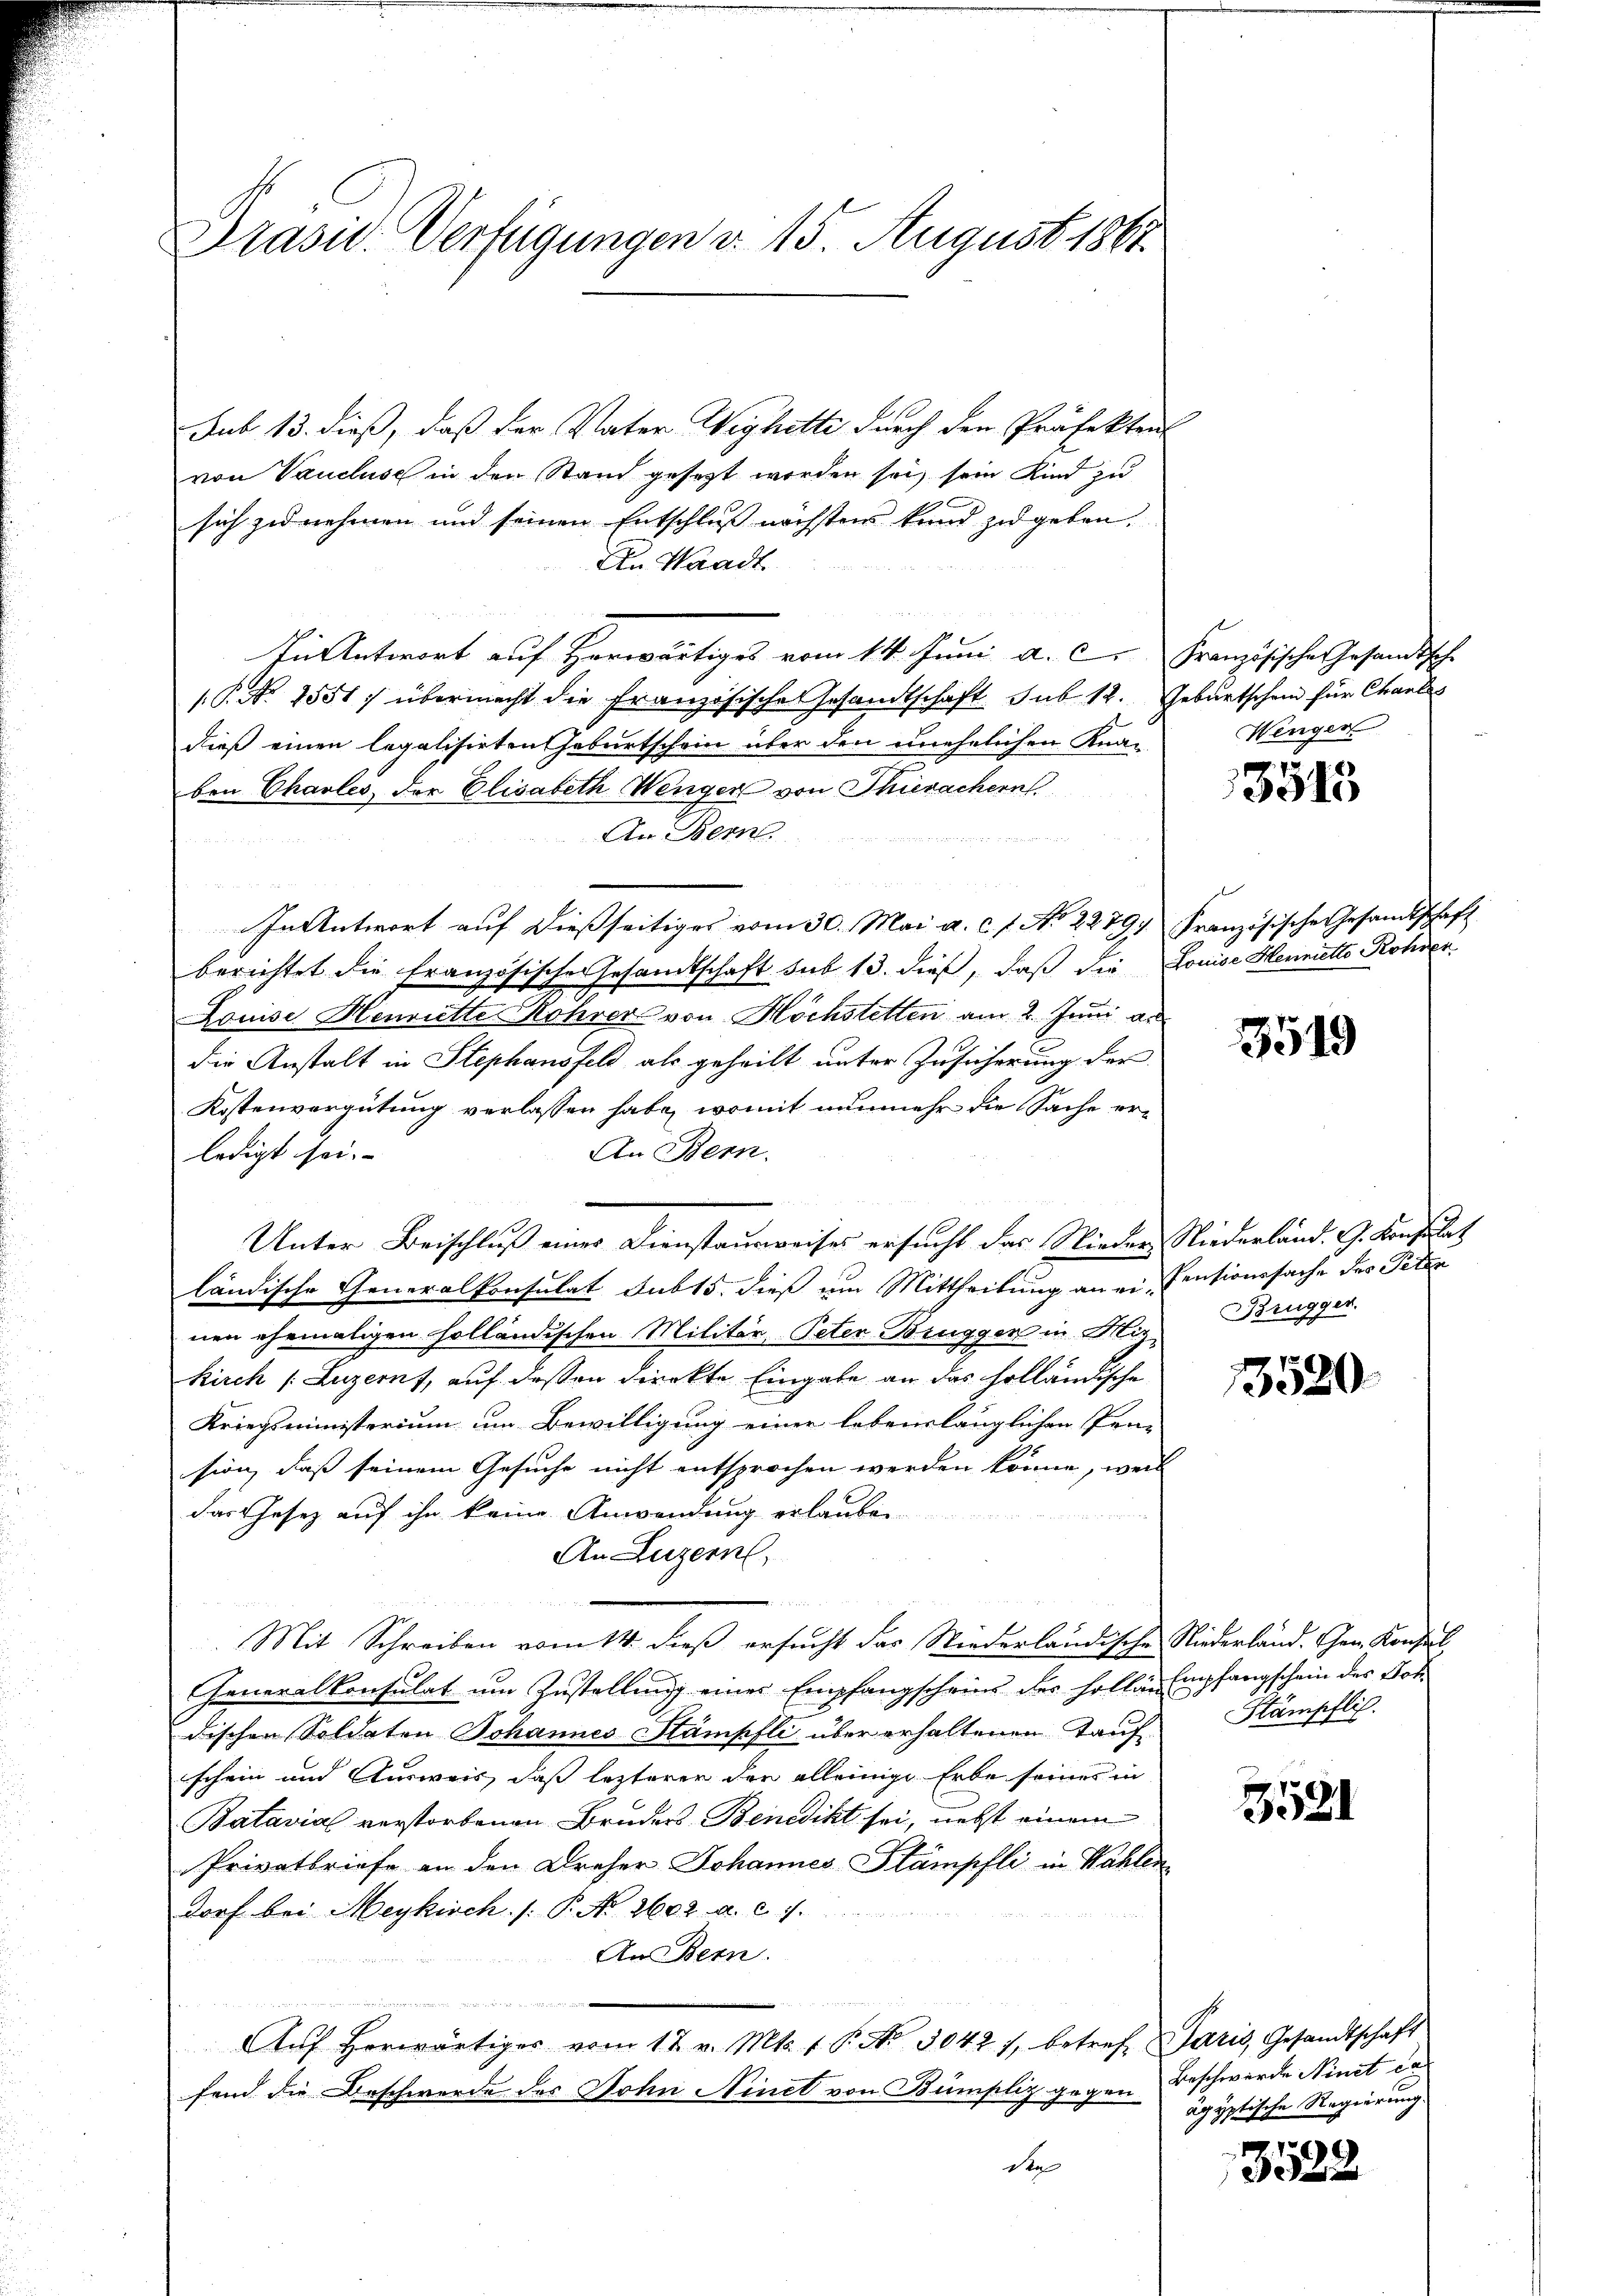
Präsid. Verfügungen d. 15. August 1861.

b
Sub 13. dieß, daß der Vater Weghetti durch den Präfekten
von Vaucluse in den Stand gesetzt worden sei, sein Kind zu
sich zu nehmen und seinen Entschluß nächstens kund zu geben.
An Waadt
In Antwort auf Herwärtiges vom 14. Juni a. c. Französische Gesandtische
P. Nr. 1551) übermacht die Französische Gesandtschaft sub 12. Geburtschein für Charl
dieß einen legalisirten Geburtschein über den einehelichen Knan-
ben Chables, der Elisabeth Wenger von Thierachern
An Bern.

In Antwort auf dießseitiges vom 30. Mai a. c. 1. No 22797 Französische Gesandtschaft
berichtet die französische Gesandtschaft sub 13. dieß, daß die Louise Hennetto Rohder
Louise Henriette Rohrer von Höchstetten am 2. Juni au
die Anstalt in Stephansfeld als geheilt unter Zusicherung der
Kostenvergütung verlassen habe, womit nunmehr die Sache er¬
An Bern.
ledigt sei.
Unter Beischluß einer Dienstausweises ersucht das Nieder Niederland. G. Konsulat
ländische Generalkonsulat sub 15. dieß um Mittheilung aner-Censionssache des Peten
nen ehemaligen holländischen Militär, Peter Brugger in Mikirch (Luzernt, auf deßen direkte Eingabe an das holländische
Kriegsministerium um Bewilligung einer lebenslänglichen Prä-
sion, daß seinem Gesuche nicht entsprochen werden könne, weil
das Gesetz auf ihn keine Anwendung erlauben
An Luzern,
¬
Mit Schreiben vom 14. dieß ersucht das Niederländische Niederland. Ehen Konsul
Generalkonsulat um Zustellung einer Empfangscheins der Hollär Empfangschein des Bot
dischen Soldaten Johannes Stampfli über erhaltenen Tauf- Stämpflic
schein und Ausweis, dass lezterer der alleinige Erbe seines in
Batavial verstorbenen Bruders Benedikt sei, nebst einem
Privatbriefe an den Dreher Johannes Stämpfli in Wahlen
dorf bei Meykisch /: P. No. 2602. a. c. 7.
An Bern.
Aŭf herwärtiger vom 17. v. Mts. 1. P. Nr. 30427, betref Paris, Gesandtschaft
fend die Beschwerde des Sohn Ninet von Bümpliz gegen
der

Wengen.

3515

3519

Brügger.

13520

3521

13522

Beschwerde Ninit ca
ägyptische Regierung